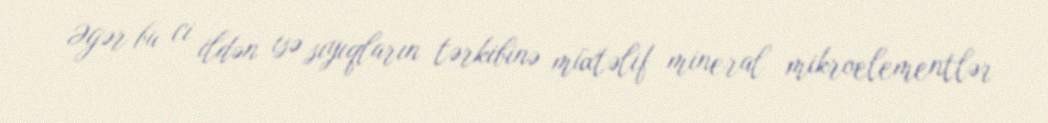
Əgər bu ci ildən isə sıyıqların tərkibinə müxtəlif mineral mikroelementlər